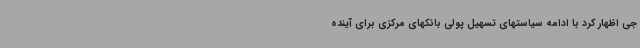
جی اظهار کرد با ادامه سیاستهای تسهیل پولی بانکهای مرکزی برای آینده